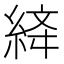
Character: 𦀮